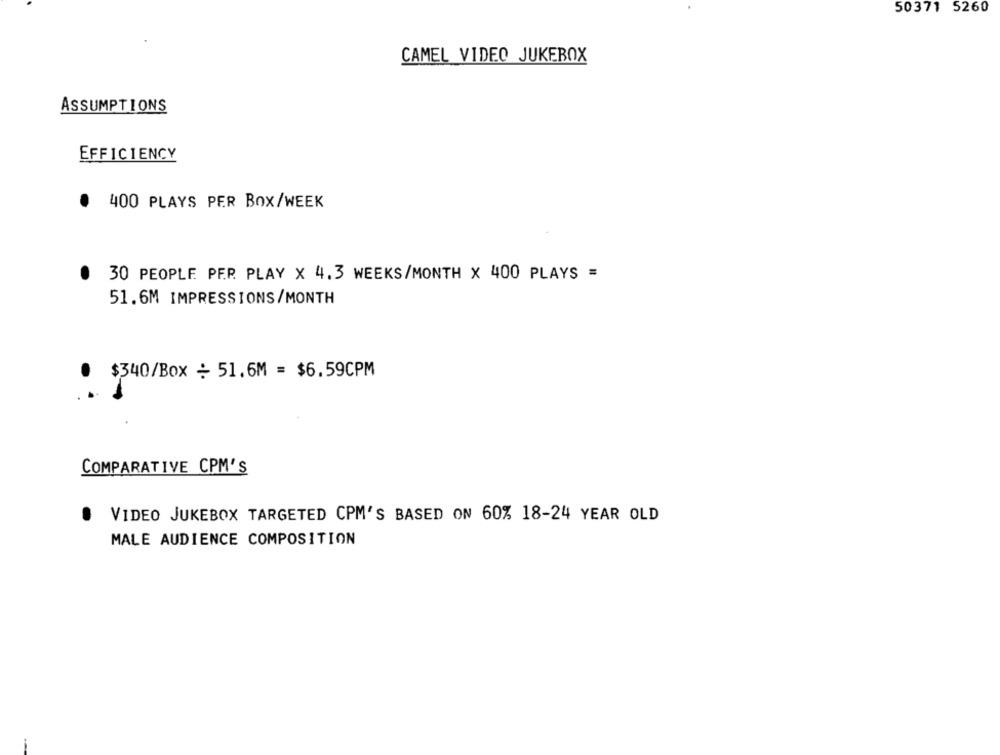
50371 5260
CAMEL VIDEO JUKEBOX
ASSUMPTIONS
EFFICIENCY
400 PLAYS PER BOX/WEEK
30 PEOPLE PER. PLAY X 4.3 WEEKS/MONTH X 400 PLAYS =
51.6M IMPRESSIONS/MONTH
$340/Box : 51.6M = $6.59CPM
COMPARATIVE CPM'S
.
VIDEO JUKEBOX TARGETED CPM'S BASED ON 60% 18-24 YEAR OLD
MALE AUDIENCE COMPOSITION